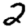
Digit: 2